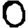
Digit: 0